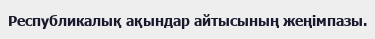
Республикалық ақындар айтысының жеңімпазы.